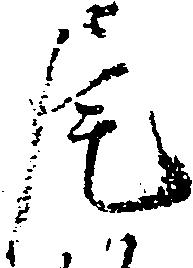
尾